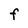
Character: F